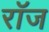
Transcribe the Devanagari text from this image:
रॉज